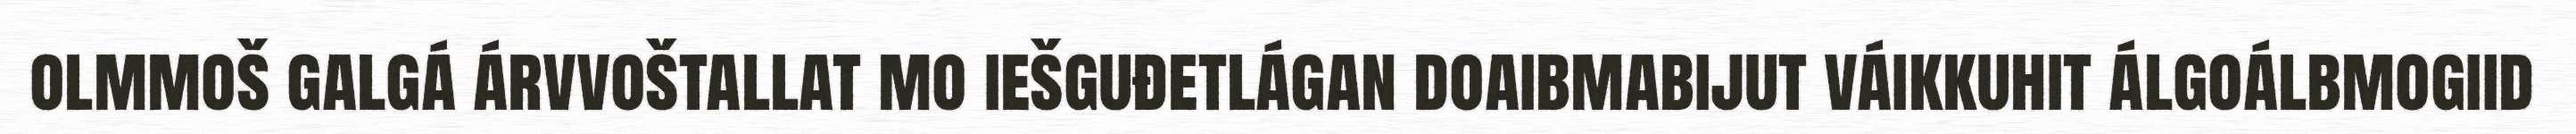
olmmoš galgá árvvoštallat mo iešguđetlágan doaibmabijut váikkuhit álgoálbmogiid